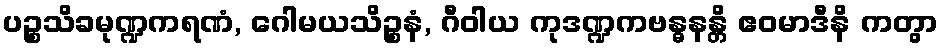
ပဉ္စသိခမုဏ္ဍကရဏံ, ဂေါမယသိဉ္စနံ, ဂီဝါယ ကုဒဏ္ဍကဗန္ဓနန္တိ ဧဝမာဒီနိ ကတွာ